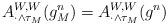
LaTeX: \begin{align*} A^{W,W}_{\cdot\wedge \tau_M} (g^n_M) = A^{W,W}_{\cdot\wedge \tau_M} (g^n) \end{align*}